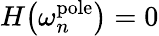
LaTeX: H\big(\omega_{n}^{\mathrm{pole}}\big)=0